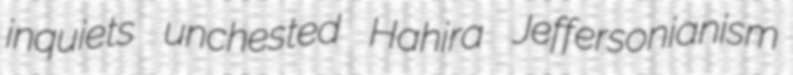
inquiets unchested Hahira Jeffersonianism